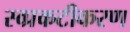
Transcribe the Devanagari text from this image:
स्व्प्रकटीकरण